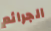
الجرائم